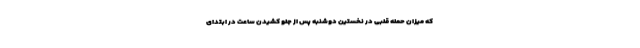
که میزان حمله قلبی در نخستین دوشنبه پس از جلو کشیدن ساعت در ابتدای